Report on the Civil Veterinary Department, Eastern Bengal and Assam - 1907-1911
Year: 1907
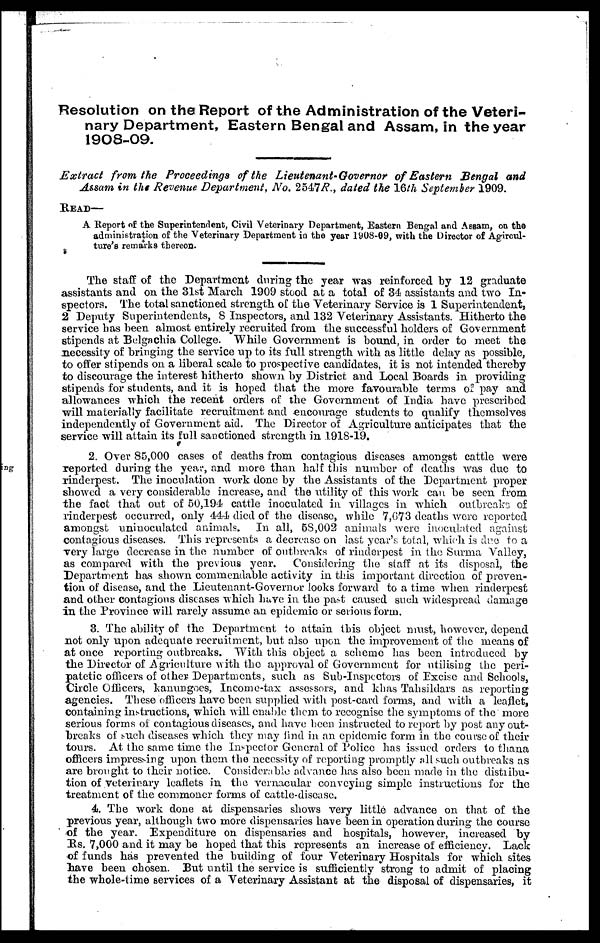
Resolution on the Report of the Administration of the Veteri-
nary Department, Eastern Bengal and Assam, in the year
1908-09.
Extract
from the Proceedings of the Lieutenant-Governor
of Eastern Bengal and
Assam in the Revenue Department, No. 2547 R., dated the 16th September 1909.
READ—
A Report of the Superintendent, Civil Veterinary Department, Eastern Bengal and Assam, on the
administration of the Veterinary Department in the year 1908-09, with the Director of Agircul-
ture's remarks thereon.
The staff of the Department during the year wa9 reinforced by 12 graduate
assistants and on the 31st March 1909 stood at a total of 34 assistants and two In-
spectors. The total sanctioned strength of the Veterinary Service is 1 Superintendent,
2 Deputy Superintendents, 8 Inspectors, and 132 Veterinary Assistants. Hitherto the
service has been almost entirely recruited from the successful holders of Government
stipends at Belgachia College. While Government is hound, in order to meet the
necessity of bringing the service up to its full strength with as little delay as possible,
to offer stipends on a liberal scale to prospective candidates, it is not intended thereby
to discourage the interest hitherto shown by District and Local Boards in providing
stipends for students, and it is hoped that the more favourable terms of pay and
allowances which the recent orders of the Government of India have prescribed
will materially facilitate recruitment and encourage students to qualify themselves
independently of Government aid. The Director of Agriculture anticipates that the
service will attain its full sanctioned strength in 1918-19.
2. Over 85,000 cases of deaths from contagious diseases amongst cattle were
reported during the year, and more than half this number of deaths was due to
rinderpest. The inoculation work done by the Assistants of the Department proper
showed a very considerable increase, and the utility of this work can be seen from
the fact that out of 50,194 cattle inoculated in villages in which outbreaks of
rinderpest occurred, only 444 died of the disease, while 7,673 deaths were reported
amongst uninoculated animals.
In all, 58,002 animals were inoculated against
contagious diseases. This represents a decrease on last year's total, which is due to a
very large decrease in the number of outbreaks of rinderpest in the Surma Valley,
as compared with the previous year.
Considering the staff at its disposal, the
Department has shown commendable activity in this important direction of preven-
tion of disease, and the Lieutenant-Governor looks forward to a time when rinderpest
and other contagions diseases which have in the past caused such widespread damage
in the Province will rarely assume an epidemic or serious form.
3. The ability of the Department to attain this object must, however, depend
not only upon adequate recruitment, but also upon the improvement of the means of
at once reporting outbreaks. With this object a scheme has been introduced by
the Director of Agriculture with the approval of Government for utilising the peri-
patetic officers of other Departments, such as Sub-Inspectors of Excise and Schools,
Circle Officers, kanungoes, Income-tax assessors, and khas Tahsildars as reporting
agencies. These officers have been supplied with post-card forms, and with a leaflet,
containing instructions, which will enable them to recognise the symptoms of the more
serious forms of contagious diseases, and have been instructed to report by post any out-
hreaks of such diseases which they may find in an epidemic form in the course of their
tours. At the same time the Inspector General of Police has issued orders to thana
officers impressing upon them the necessity of reporting promptly all such outbreaks as
are brought to their notice. Considerable advance has also been made in the distribu-
tion of veterinary leaflets in the vernacular conveying simple instructions for the
treatment of the commoner forms of cattle-disease.
4. The work done at dispensaries shows very little advance on that of the
previous year, although two more dispensaries have been in operation during the course
of the year. Expenditure on dispensaries and hospitals, however, increased by
Rs. 7,000 and it may be hoped that this represents an increase of efficiency. Lack
of funds has prevented the building of four Veterinary Hospitals for which sites
have been chosen. But until the service is sufficiently strong to admit of placing
the whole-time services of a Veterinary Assistant at the disposal of dispensaries, it